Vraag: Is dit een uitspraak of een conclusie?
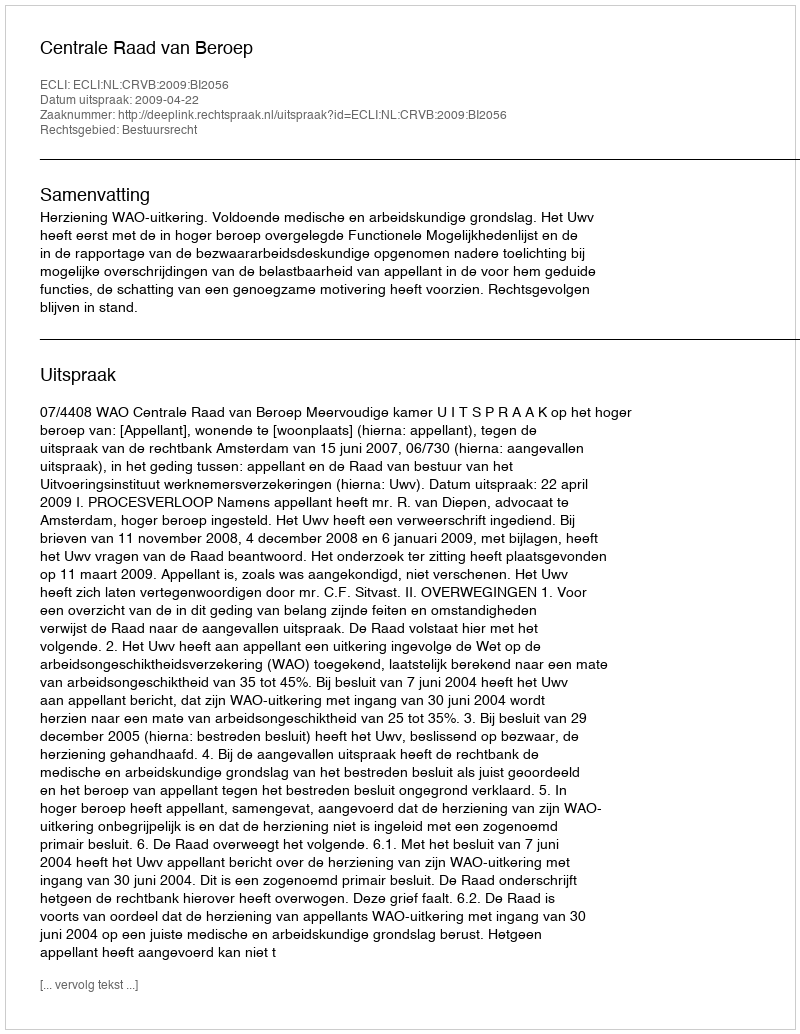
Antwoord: Uitspraak